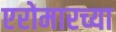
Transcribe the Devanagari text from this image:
एरोमारच्या